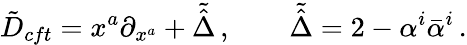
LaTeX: \tilde{D}_{cft}=x^{a}\partial_{x^{a}}+\tilde{\hat{\Delta}}\, ,\qquad\tilde{\hat{\Delta}}=2-\alpha^{i}\bar{\alpha}^{i}\, .